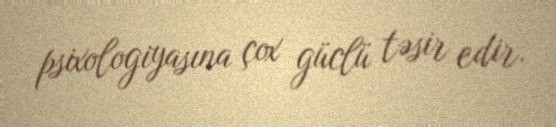
psixologiyasına çox güclü təsir edir.